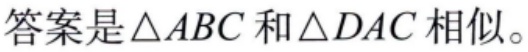
答案是\(\triangle ABC\)和\(\triangle DAC\)相似。